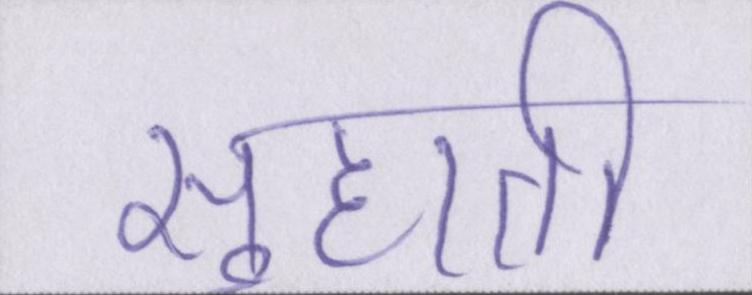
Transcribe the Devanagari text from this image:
सुहाती